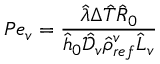
P e _ { v } = \frac { \hat { \lambda } \Delta \hat { T } \hat { R } _ { 0 } } { \hat { h } _ { 0 } \mathcal { \hat { D } } _ { v } \hat { \rho } _ { r e f } ^ { v } \hat { L } _ { v } }